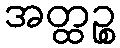
အတ္ထဉ္စ